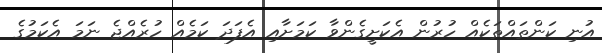
އުނި ކަންތައްތަކެއް ހުރުން އެކަށީގެންވާ ކަމަށާއި އެފަދަ ކަމެއް ހުރެއްޖެ ނަމަ އެކަމުގެ